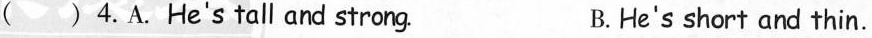
( ) 4.A. He's tall and strong B. He's short and thin.